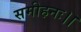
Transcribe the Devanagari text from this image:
समीहनः।।